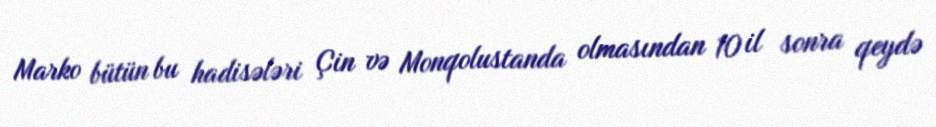
Marko bütün bu hadisələri Çin və Monqolustanda olmasından 10 il sonra qeydə